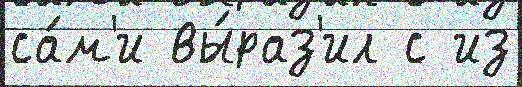
са́м'и вы́раз'ил с из